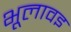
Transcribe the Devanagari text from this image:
भूलावइ